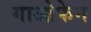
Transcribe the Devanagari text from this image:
गाओफेन